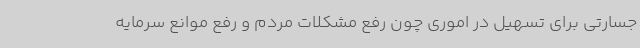
جسارتی برای تسهیل در اموری چون رفع مشکلات مردم و رفع موانع سرمایه